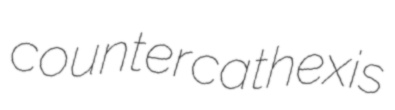
countercathexis